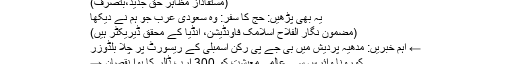
(مستفاداز مظاہر حق جدید،بتصرف)
یہ بھی پڑھیں: حج کا سفر: وہ سعودی عرب جو ہم نے دیکھا
(مضمون نگار الفلاح اسلامک فاؤنڈیشن، انڈیا کے محقق ڈیریکٹر ہیں)
← اہم خبریں: مدھیہ پردیش میں بی جے پی رکن اسمبلی کے ریسورٹ پر چلا بلڈوزر
کورونا وائرس سے عالمی معیشت کو 300 ارب ڈالر کا ہوا نقصان →